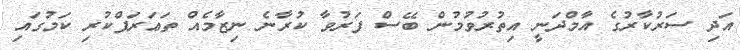
އަދި ސަރުކާރުގެ އާމްދަނީ އިތުރުވުމުން ބޭސް ފަރުވާ ކުރާނެ ނިޒާމެއް ތަޢަރަފްކުރި ކަމުގައި